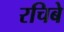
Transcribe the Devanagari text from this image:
रचिबे